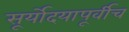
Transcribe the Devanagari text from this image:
सूर्योदयापूर्वीच